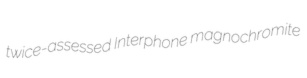
twice-assessed Interphone magnochromite